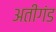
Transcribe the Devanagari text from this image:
अतीगंड